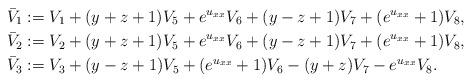
LaTeX: \begin{align*}\bar{V}_1&:=V_1+(y+z+1)V_5+e^{u_{xx}}V_6+(y-z+1)V_7+(e^{u_{xx}}+1)V_8,\\\bar{V}_2&:=V_2+(y+z+1)V_5+e^{u_{xx}}V_6+(y-z+1)V_7+(e^{u_{xx}}+1)V_8,\\\bar{V}_3&:=V_3+(y-z+1)V_5+(e^{u_{xx}}+1)V_6-(y+z)V_7-e^{u_{xx}}V_8.\end{align*}